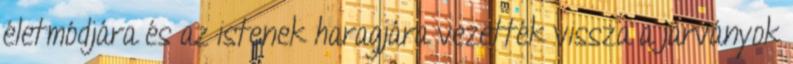
életmódjára és az istenek haragjára vezették vissza a járványok